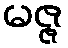
မဇ္ဇ